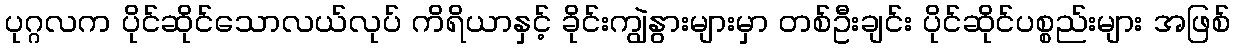
ပုဂ္ဂလက ပိုင်ဆိုင်သောလယ်လုပ် ကိရိယာနှင့် ခိုင်းကျွဲနွားများမှာ တစ်ဦးချင်း ပိုင်ဆိုင်ပစ္စည်းများ အဖြစ်